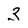
Character: 3